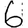
Digit: 6